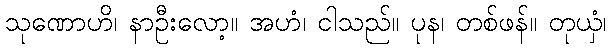
သုဏောဟိ၊ နာဦးလော့။ အဟံ၊ ငါသည်။ ပုန၊ တစ်ဖန်။ တုယှံ၊